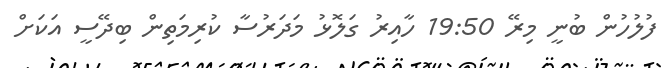
ފުލުހުން ބުނީ މިރޭ 19:50 ހާއިރު ގަލޮޅު މަދަރުސާ ކުރިމަތިން ބިދޭސީ އަކަށް